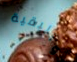
والبقية